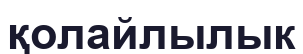
қолайлылык